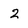
Character: 2